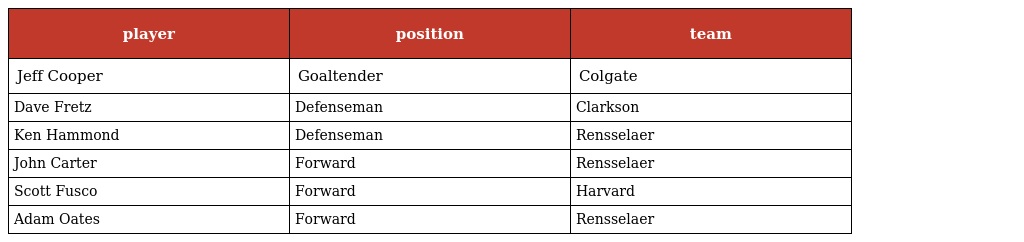
| player | position | team |
 | --- | --- | --- |
 | Jeff Cooper | Goaltender | Colgate |
 | Dave Fretz | Defenseman | Clarkson |
 | Ken Hammond | Defenseman | Rensselaer |
 | John Carter | Forward | Rensselaer |
 | Scott Fusco | Forward | Harvard |
 | Adam Oates | Forward | Rensselaer |